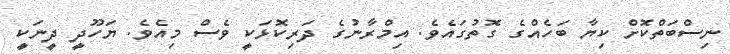
ނިސްބަތްކޮށް ކިޔާ ބަހެއްގެ ގޮތުގައެވެ. އިމްރާނުގެ ދަރިކޮޅަކީ ވެސް މިއެވެ. ޔަހޫދީ ދީނަކީ